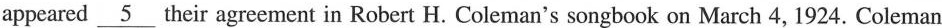
appeared \underline{5} their agreement in Robert H. Coleman's songbook on March 4, 1924. Coleman